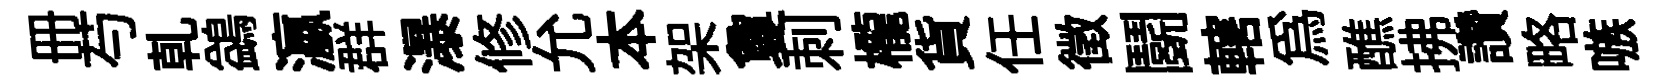
册芍乹鷁瀛群瀑修允本架夐刺櫳貨任徵鬬轄爲醮拂讚略嗾